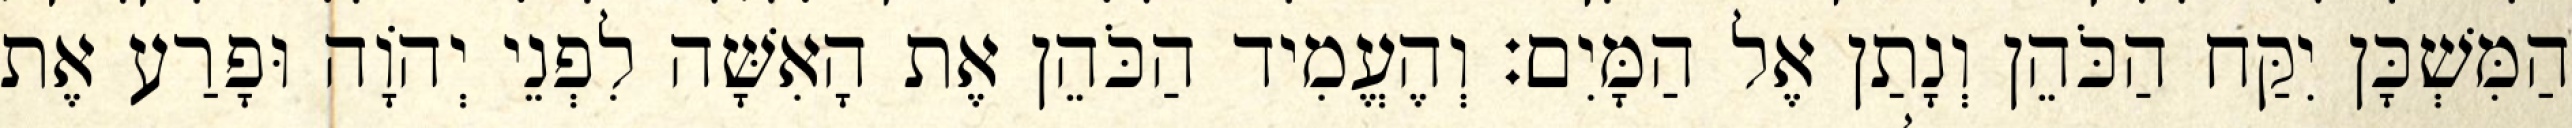
הַמִּשְׁכָּן יִקַּח הַכֹּהֵן וְנָתַן אֶל הַמָּיִם׃ וְהֶעֱמִיד הַכֹּהֵן אֶת הָאִשָּׁה לִפְנֵי יְהוָֹה וּפָרַע אֶת